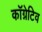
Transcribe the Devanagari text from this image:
कॉग्नेटिव